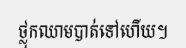
ថ្លុកឈាមបាត់ទៅហើយ។